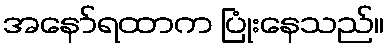
အနော်ရထာက ပြုံးနေသည်။